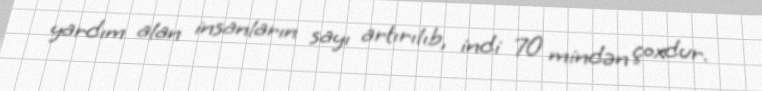
yardım alan insanların sayı artırılıb, indi 70 mindən çoxdur.